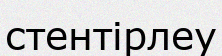
стентірлеу